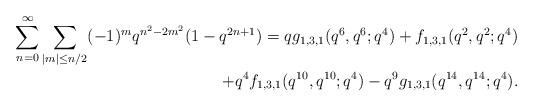
LaTeX: \begin{align*}\sum_{n=0}^\infty\sum_{|m|\leq n/2}(-1)^mq^{n^2-2m^2}(1-q^{2n+1}) = qg_{1,3,1}(q^6,q^6;q^4) + f_{1,3,1}(q^2,q^2;q^4)\\+q^4f_{1,3,1}(q^{10},q^{10};q^4)-q^9g_{1,3,1}(q^{14},q^{14};q^4).\end{align*}